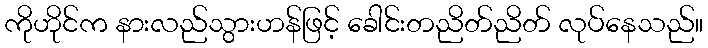
ကိုဟိုင်က နားလည်သွားဟန်ဖြင့် ခေါင်းတညိတ်ညိတ် လုပ်နေသည်။